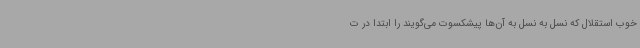
خوب استقلال که نسل به نسل به آن‌ها پیشکسوت می‌گویند را ابتدا در ت